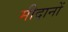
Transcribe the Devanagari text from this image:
मीदानों